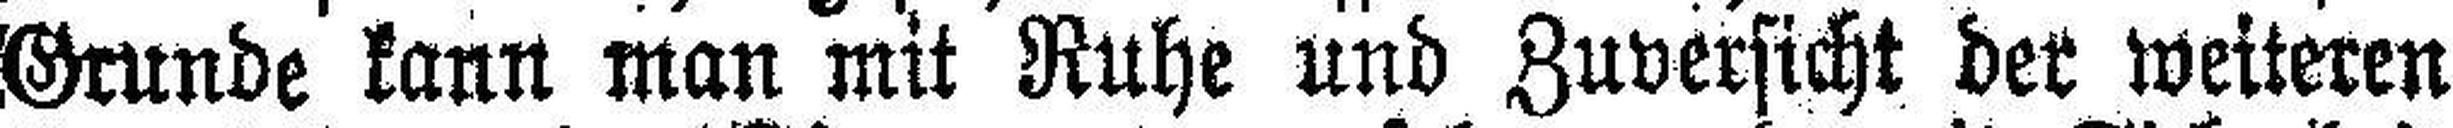
Grunde kann man mit Ruhe und Zuversicht der weiteren